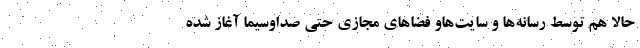
حالا هم توسط رسانه‌ها و سایت‌هاو فضاهای مجازی حتی صداوسیما آغاز شده